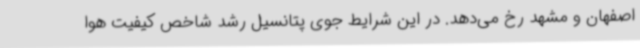
اصفهان و مشهد رخ می‌دهد. در این شرایط جوی پتانسیل رشد شاخص کیفیت هوا